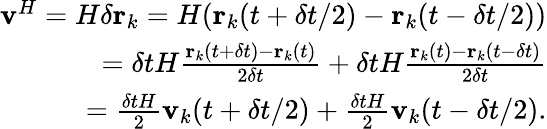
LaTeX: \begin{array}{r}{\textbf{v}^{H}=H\delta\textbf{r}_{k}=H(\textbf{r}_{k}(t+\delta t/2)-\textbf{r}_{k}(t-\delta t/2))}\\ {=\delta tH\frac{\textbf{r}_{k}(t+\delta t)-\textbf{r}_{k}(t)}{2\delta t}+\delta tH\frac{\textbf{r}_{k}(t)-\textbf{r}_{k}(t-\delta t)}{2\delta t}}\\ {=\frac{\delta tH}{2}\textbf{v}_{k}(t+\delta t/2)+\frac{\delta tH}{2}\textbf{v}_{k}(t-\delta t/2).}\end{array}